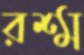
রশ্ম